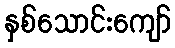
နှစ်သောင်းကျော်